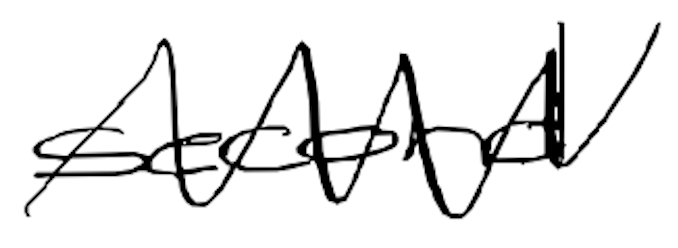
Text: second
Cross-out: zig-zag
Writing tool: digital_black